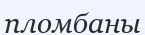
пломбаны